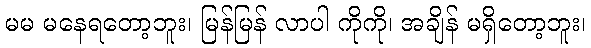
မမ မနေရတော့ဘူး၊ မြန်မြန် လာပါ ကိုကို၊ အချိန် မရှိတော့ဘူး၊